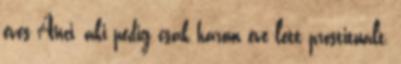
éves Anci, aki pedig csak három éve lett prostituált,